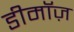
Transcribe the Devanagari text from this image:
डीमॉज़